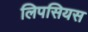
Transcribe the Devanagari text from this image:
लिपसियस